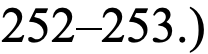
252–253.)